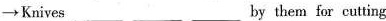
\to Knivers ___ ___ ___by them for cutting